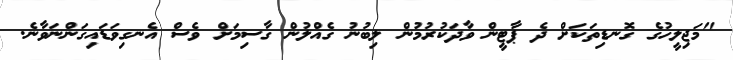
"މަޖިލީހުގެ ގޮނޑިތަކަށް ދެ ޕާޓީން ވާދަކުރުމުން ލިބުނު ގެއްލުން ގާސިމަށް ވެސް އެނގިވަޑައިގަންނަވާނެ.